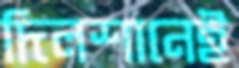
দিলশানেই